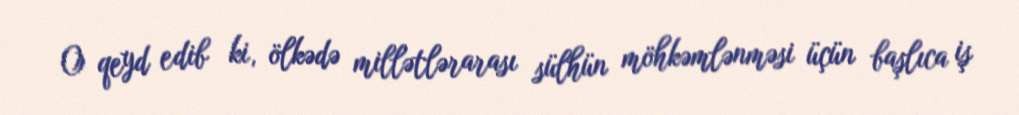
O qeyd edib ki, ölkədə millətlərarası sülhün möhkəmlənməsi üçün başlıca iş